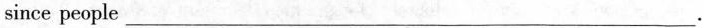
since people ___.